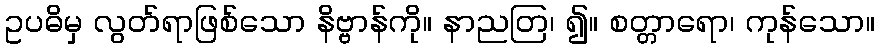
ဥပဓိမှ လွတ်ရာဖြစ်သော နိဗ္ဗာန်ကို။ နာညတြ၊ ၍။ စတ္တာရော၊ ကုန်သော။